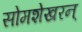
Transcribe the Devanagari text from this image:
सोमशेखरन्